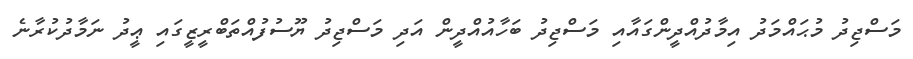
މަސްޖިދު މުޙައްމަދު އިމާދުއްދީންގައާއި މަސްޖިދު ބަހާއުއްދީން އަދި މަސްޖިދު ޔޫސުފުއްތަބްރީޒީގައި ޢީދު ނަމާދުކުރާނެ